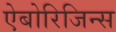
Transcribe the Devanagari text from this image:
ऐबोरिजिन्स